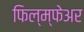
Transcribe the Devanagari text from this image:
फिल्म्फेअर